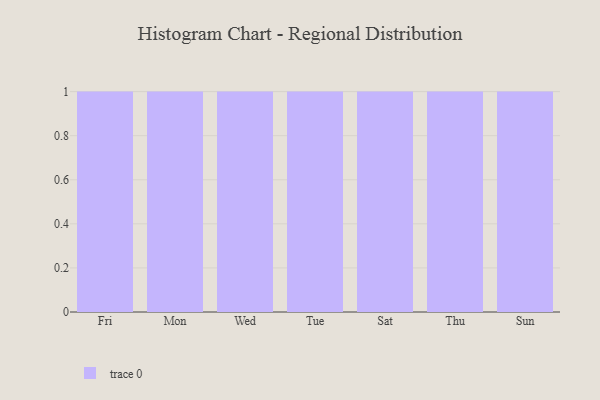
{"axis": {"x": "Day", "y": "Shipments"}, "legend": [""], "data": [{"x": "Fri", "y": 29, "type": ""}, {"x": "Mon", "y": 9, "type": ""}, {"x": "Wed", "y": 55, "type": ""}, {"x": "Tue", "y": 88, "type": ""}, {"x": "Sat", "y": 33, "type": ""}, {"x": "Thu", "y": 1, "type": ""}, {"x": "Sun", "y": 29, "type": ""}]}